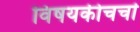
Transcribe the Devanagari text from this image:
विषयकीचर्चा